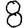
Digit: 8